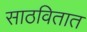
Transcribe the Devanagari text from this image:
साठवितात